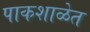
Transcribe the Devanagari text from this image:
पाकशाळेत